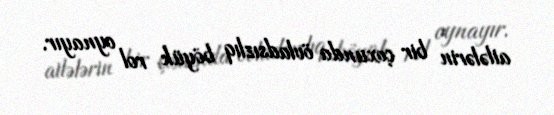
ailələrin bir çoxunda övladsızlıq böyük rol oynayır.